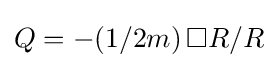
Q=-(1/2m)\,\Box R/R